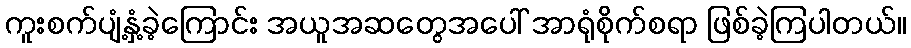
ကူးစက်ပျံ့နှံ့ခဲ့ကြောင်း အယူအဆတွေအပေါ် အာရုံစိုက်စရာ ဖြစ်ခဲ့ကြပါတယ်။